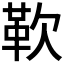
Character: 𩉢